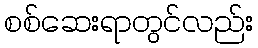
စစ်ဆေးရာတွင်လည်း